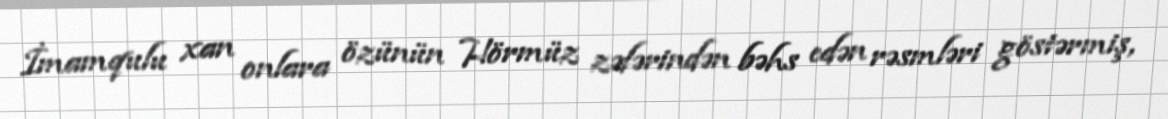
İmamqulu xan onlara özünün Hörmüz zəfərindən bəhs edən rəsmləri göstərmiş,